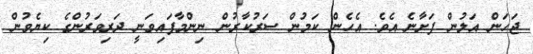
ޖަހަން އަލުން ފަށާނެ އެވެ. އެހެން ކަމުން ސަރުކާރުން ނިންމާފައިވަނީ ދަރިވަރުންގެ ކިޔެވުން